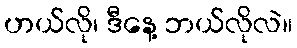
ဟယ်လို၊ ဒီနေ့ ဘယ်လိုလဲ။